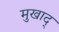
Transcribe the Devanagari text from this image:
मुखाद्